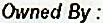
OWNED BY :